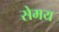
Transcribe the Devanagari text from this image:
सेमय